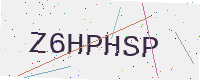
Text: Z6HPHSP